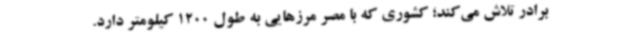
برادر تلاش می‌کند؛ کشوری که با مصر مرزهایی به طول 1200 کیلومتر دارد.